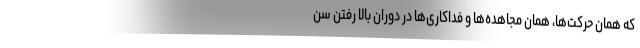
که همان حرکت‌ها، همان مجاهده‌ها و فداکاری‌ها در دوران بالا رفتن سن